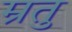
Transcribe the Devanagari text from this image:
म्रतु